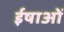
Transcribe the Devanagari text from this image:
ईषाओं